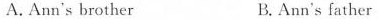
A.Ann's brother B.Ann's father